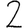
Digit: 2